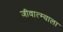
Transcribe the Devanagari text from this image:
जीवात्म्याला